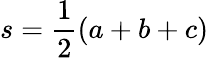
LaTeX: s={\frac{1}{2}}(a+b+c)